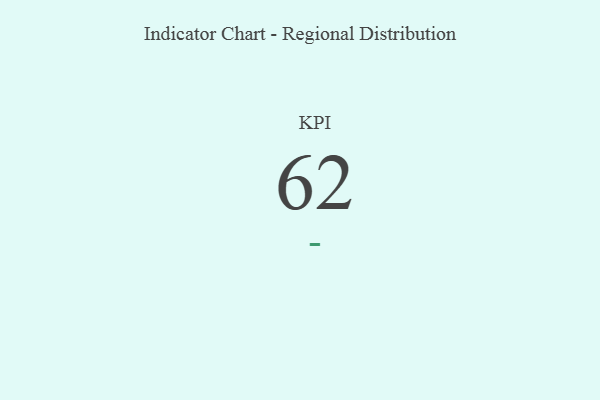
{"axis": {"x": "KPI", "y": "Value"}, "legend": [""], "data": [{"x": "KPI", "y": 62, "type": ""}]}